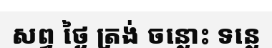
សព្វ ថ្ងៃ ត្រង់ ចន្លោះ ទន្លេ